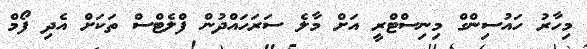
މިހާރު ހައުސިންގް މިނިސްޓްރީ އަށް މާލެ ސަަރަހައްދުން ފްލެޓްސް ތަކަށް އެދި ފޯމް